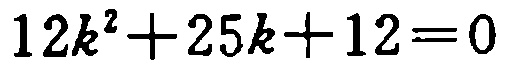
\(12k^{2}+25k + 12 = 0\)